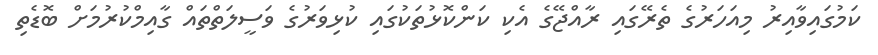
ކަމުގައިވާއިރު މިއަހަރުގެ ތެރޭގައި ރާއްޖޭގެ އެކި ކަންކޮޅުތަކުގައި ކުޅިވަރުގެ ވަސީލަތްތައް ގާއިމްކުރުމަށް ބޮޑެތި